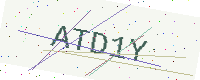
Text: ATD1Y